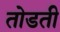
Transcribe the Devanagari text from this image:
तोडती